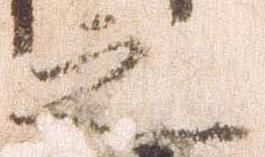
之